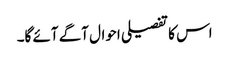
اس کا تفصیلی احوال آگے آئے گا۔